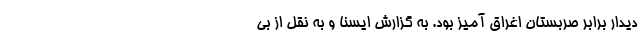
دیدار برابر صربستان اغراق آمیز بود. به گزارش ایسنا و به نقل از بی